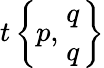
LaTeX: t\left\{ p,{q\atop q}\right\}